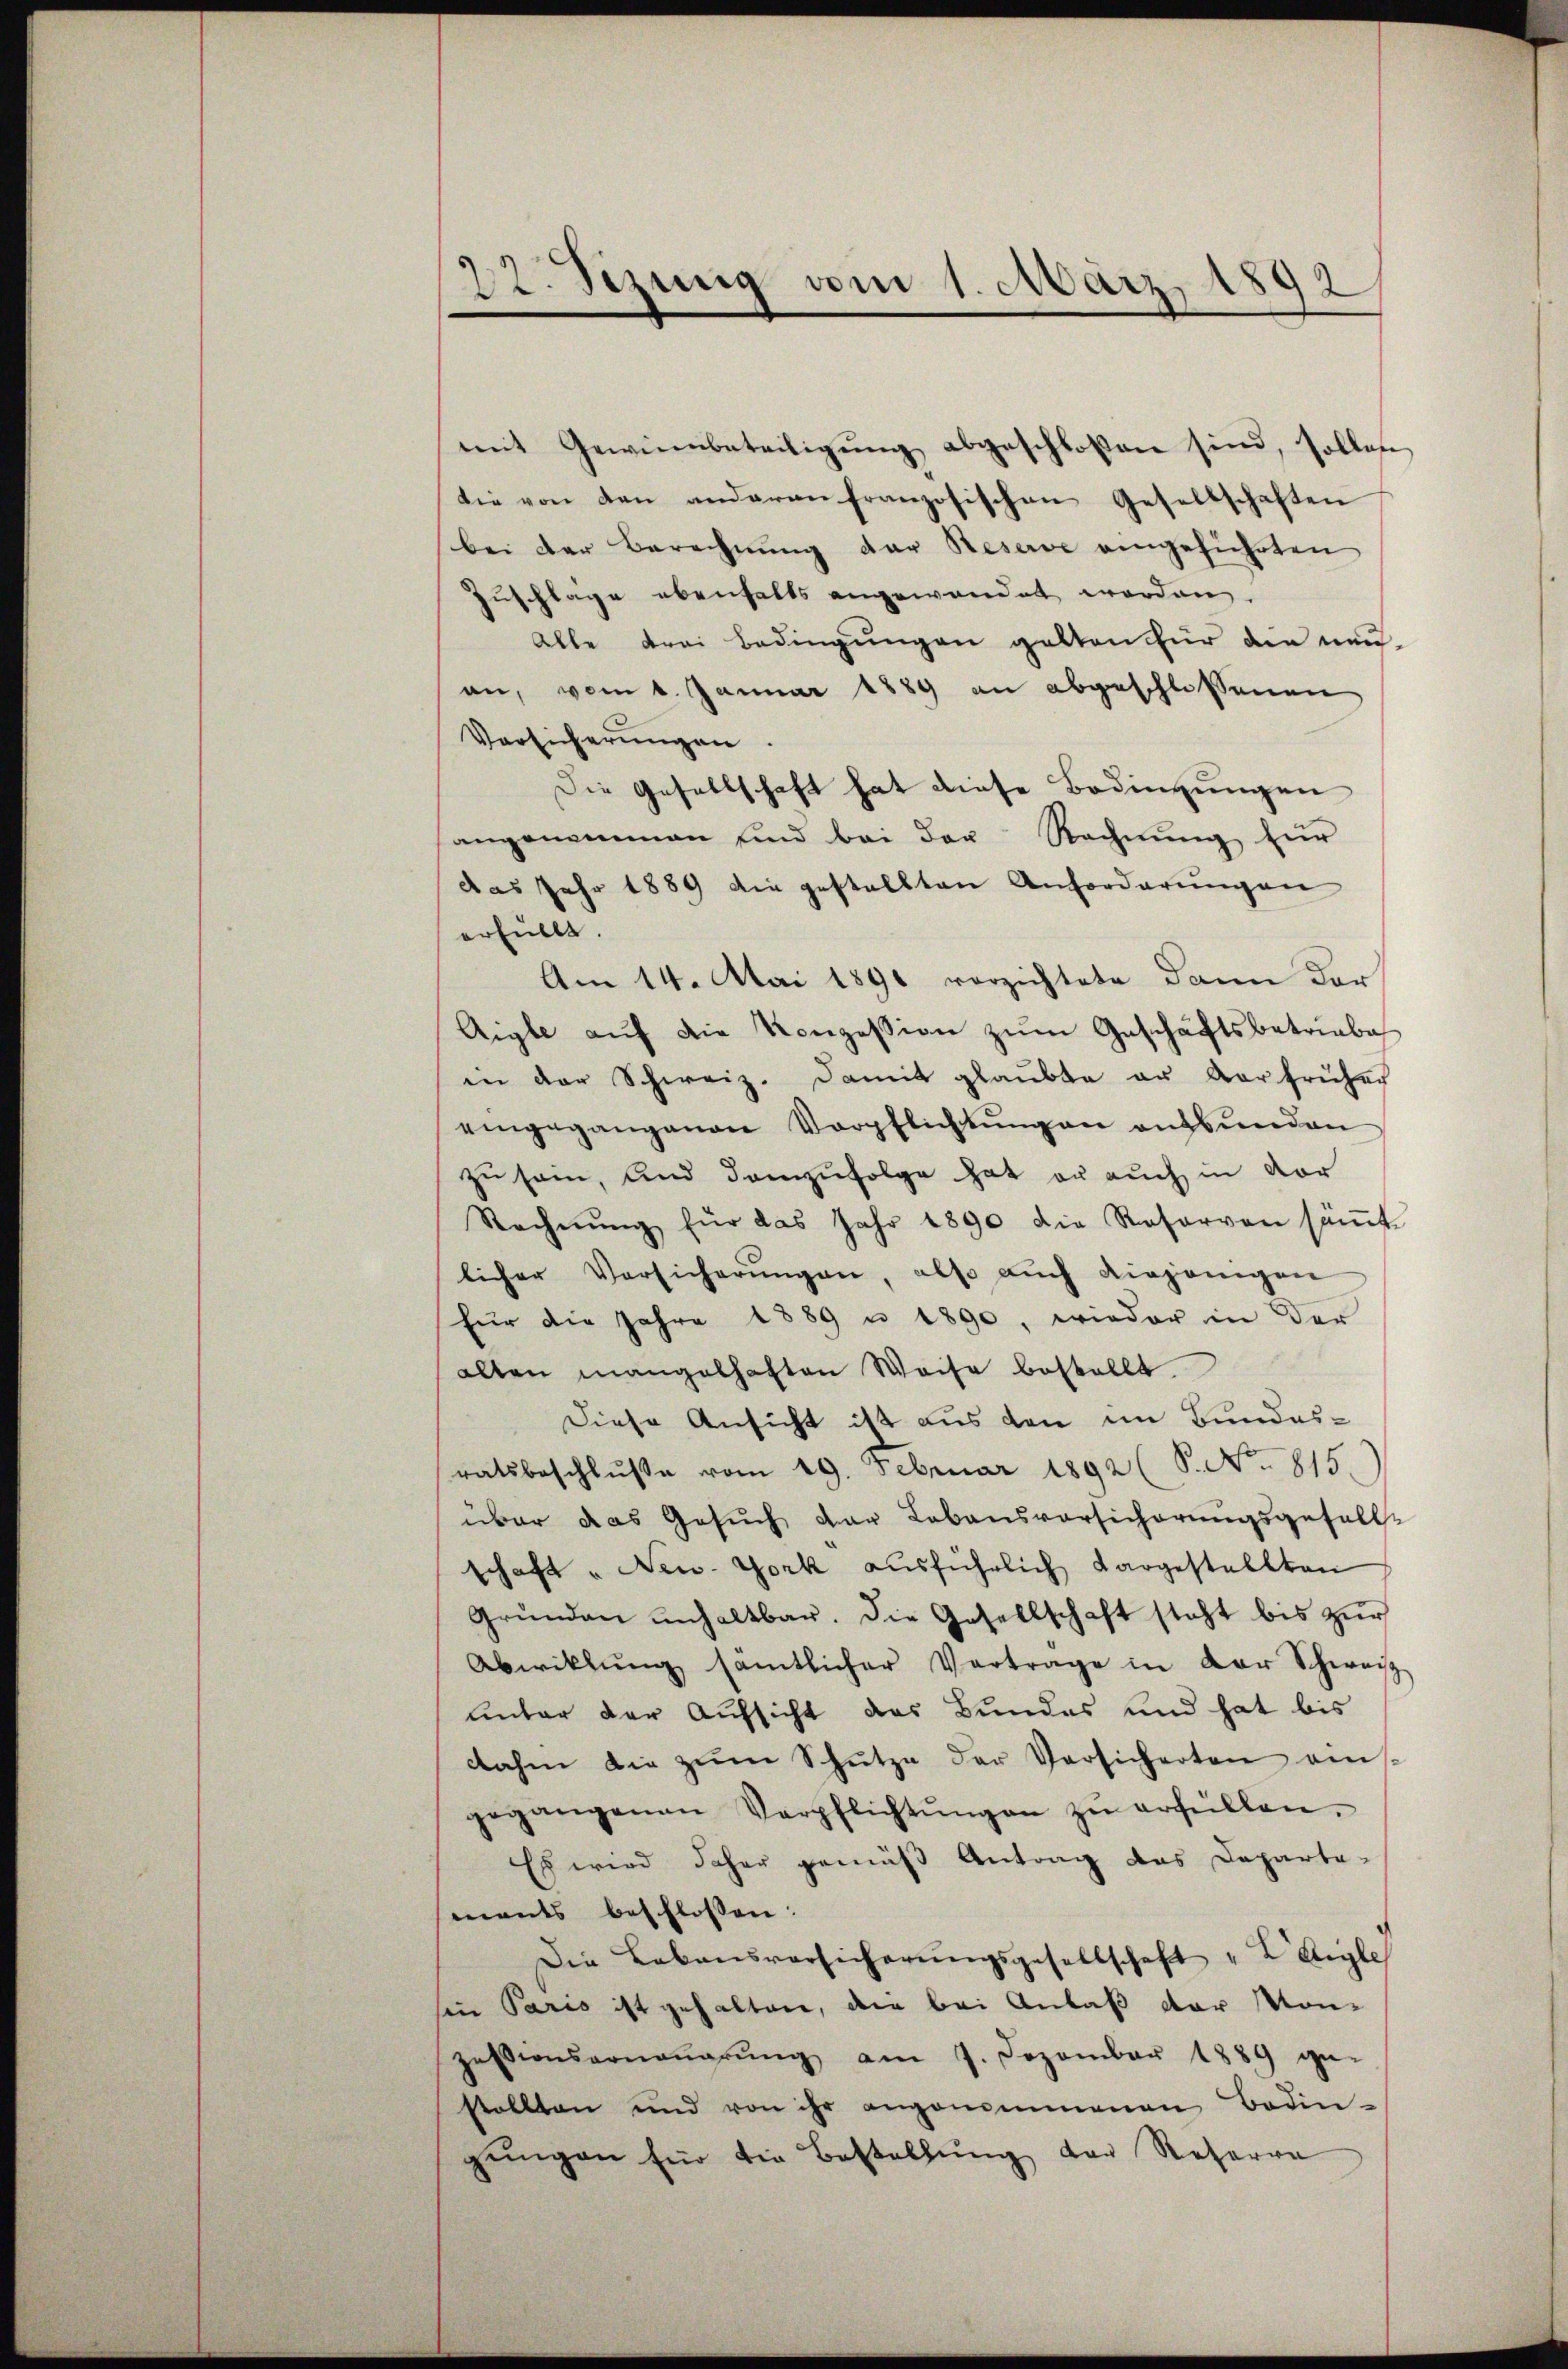
22. Sizung vom 1. März 1892

mit Gewinnbeteiligŭng abgeschlossen sind, sollen
Die von den anderen französischen Gesellschaften
bei der Berechnung der Reserve eingeführten
Zuschlage ebenfalls angewandet worden.
Alle drei Bedingungen gelten für die neu-
an, vom 1. Januar 1889 an abgeschlossenen
Vorsicherungen
Die Gesellschaft hat diese Bedingungen
angenommen sind bei der Rechnŭng für
das Jahr 1889 die gestellten Anforderungen
erfüllt.
Am 14. Mai 1891 verzichtete dann der
Aigle aŭf die Konzession zŭm Geschäftsbetriebe
in der Schweiz. Damit glaŭbte er verfrüher
eingegangenen Verpflichtŭngen ansbŭnden
zu sein, und demzufolge hat er auch in vor
Rechnŭng für das Jahr 1890 die Reservon sämte
licher Versicherŭngen, also auch diejenigen
für die Jahre 1889 u 1890, wieder in der
alten mangelhaften Weise bestellt.
Diese Ansicht ist aus den im Bundes-
ratsbeschlŭβe vom 19. Februar 1892 (S. No. 815)
über das Gesuch der Lebensvorsicherungsgefalle
schaft " New-York ausführlich dargestellten
Grŭnden unhaltbar. Die Gesellschaft steht bis zŭr
Abwiklŭng sämtlicher Vertrage in der Schweiz
unter der Aufsicht das Bundes und hat bis
dahin die zŭm Schütze der Versicherten eins
gegangenen Verpflichtŭngen zŭ erfüllen.
Es wird daher gemäß Antrag das Departa-
ments beschlossen:
Die Lebensversicherŭngsgesellschaft "LAigle
sin Paris ist gehalten, die bei Anlaß der Monzessionserneŭerŭng am 7. Dezember 1889 ge-
stellten und von ihr angenommenen Bedin-
gŭngen für die Bestellung der Reserre